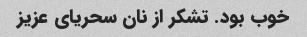
خوب بود. تشکر از نان سحریای عزیز